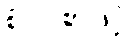
စုံလင်စွာဖြင့်